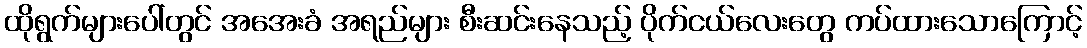
ထိုရွက်များပေါ်တွင် အအေးခံ အရည်များ စီးဆင်းနေသည့် ပိုက်ငယ်လေးတွေ ကပ်ထားသောကြောင့်